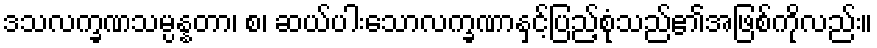
ဒသလက္ခဏသမ္ပန္နတာ၊ စ၊ ဆယ်ပါးသောလက္ခဏာနှင့်ပြည့်စုံသည်၏အဖြစ်ကိုလည်း။